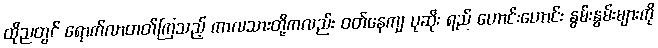
ထိုညတွင် ရောက်လာတတ်ကြသည့် ကာလသားတို့ကလည်း ဝတ်နေကျ ပုဆိုး ရည် ဟောင်းဟောင်း နွမ်းနွမ်းများကို